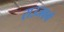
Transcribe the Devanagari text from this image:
राउजवर्ग